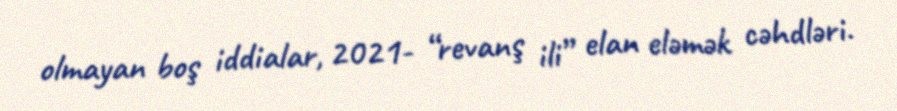
olmayan boş iddialar, 2021- “revanş ili” elan eləmək cəhdləri.